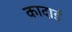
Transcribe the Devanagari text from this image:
कादाई